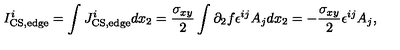
I _ { \mathrm { C S , e d g e } } ^ { i } = \int J _ { \mathrm { C S , e d g e } } ^ { i } d x _ { 2 } = { \frac { \sigma _ { x y } } { 2 } } \int \partial _ { 2 } f \epsilon ^ { i j } A _ { j } d x _ { 2 } = - { \frac { \sigma _ { x y } } { 2 } } \epsilon ^ { i j } A _ { j } ,